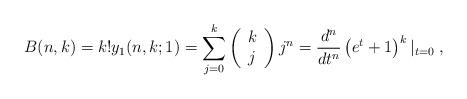
LaTeX: \begin{align*}B(n,k)=k!y_{1}(n,k;1)=\sum_{j=0}^{k}\left( \begin{array}{c}k \\ j\end{array}\right) j^{n}=\frac{d^{n}}{dt^{n}}\left( e^{t}+1\right) ^{k}\left\vert_{t=0}\right. , \end{align*}